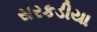
સરકડીયા